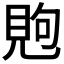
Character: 𰴏